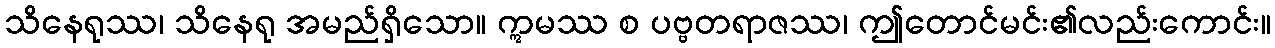
သိနေရုဿ၊ သိနေရု အမည်ရှိသော။ ဣမဿ စ ပဗ္ဗတရာဇဿ၊ ဤတောင်မင်း၏လည်းကောင်း။